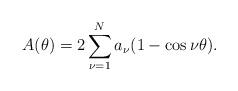
LaTeX: \begin{align*} A(\theta)=2\sum\limits_{\nu=1}^Na_\nu(1-\cos\nu\theta).\end{align*}